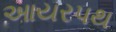
આયરપથ